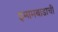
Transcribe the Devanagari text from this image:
इमामबाडाची